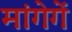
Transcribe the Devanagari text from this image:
मांगेगें